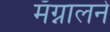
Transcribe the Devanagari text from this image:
मॅग्नालने